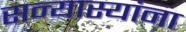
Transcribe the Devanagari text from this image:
सन्यास्यांना